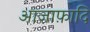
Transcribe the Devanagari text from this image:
आज़ाफ़ादि